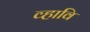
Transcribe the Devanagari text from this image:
व्हावि